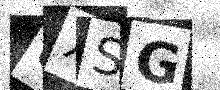
Text: UXSG